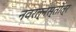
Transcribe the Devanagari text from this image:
नवरत्नस्तोत्र